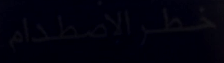
خطرالإصطدام